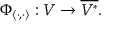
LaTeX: \Phi _ { \langle \cdot , \cdot \rangle } : V \to { \overline { { V ^ { * } } } } .